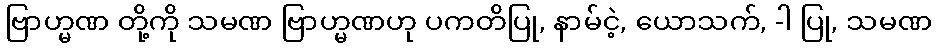
ဗြာဟ္မဏ တို့ကို သမဏ ဗြာဟ္မဏဟု ပကတိပြု, နာမ်ငဲ့, ယောသက်, -ါ ပြု, သမဏ